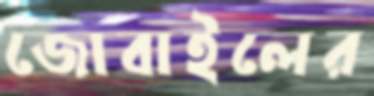
জোবাইলের